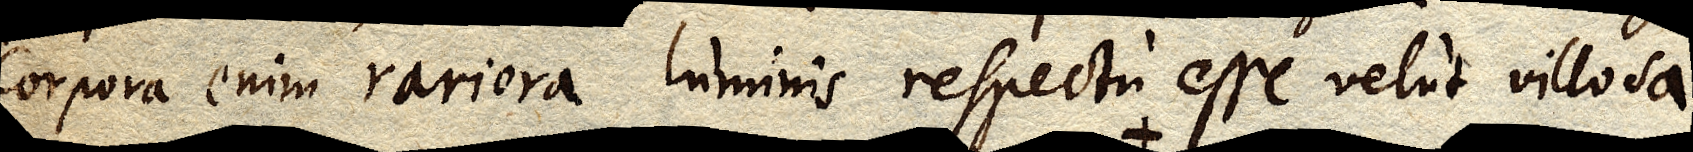
corpora enim rariora luminis respectu esse velut villosa,